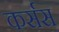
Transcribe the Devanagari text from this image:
कर्सस